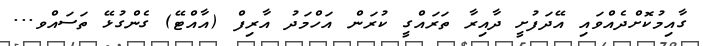
ގާއިމުކޮށްދެއްވައި އޭދަފުށީ ދާއިރާ ތަރައްގީ ކުރަން އަހްމަދު އާރިފް (އާއްޓޭ) ގެންގުޅޭ ތަސައްވ...